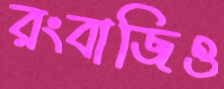
রংবাজিও